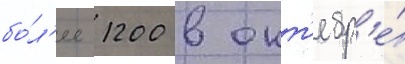
бо́л'ее 1200 в окт'ябр'е́